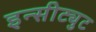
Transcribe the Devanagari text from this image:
इन्सीट्युट